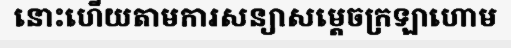
នោះហើយតាមការសន្យាសម្តេចក្រឡាហោម